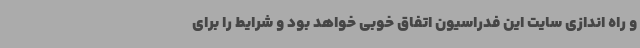
و راه اندازی سایت این فدراسیون اتفاق خوبی خواهد بود و شرایط را برای